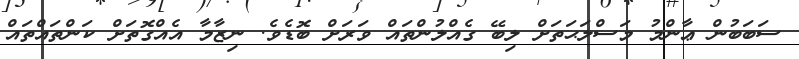
ސަބަބުން ޢާންމު މަސްލަޙަތަށް ލިބޭ ގެއްލުންތައް ވަރަށް ބޮޑެވެ. ނިޒާމާ އެއްގޮތަށް ކަންތައްތައް